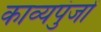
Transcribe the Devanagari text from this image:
काव्यपुंजों